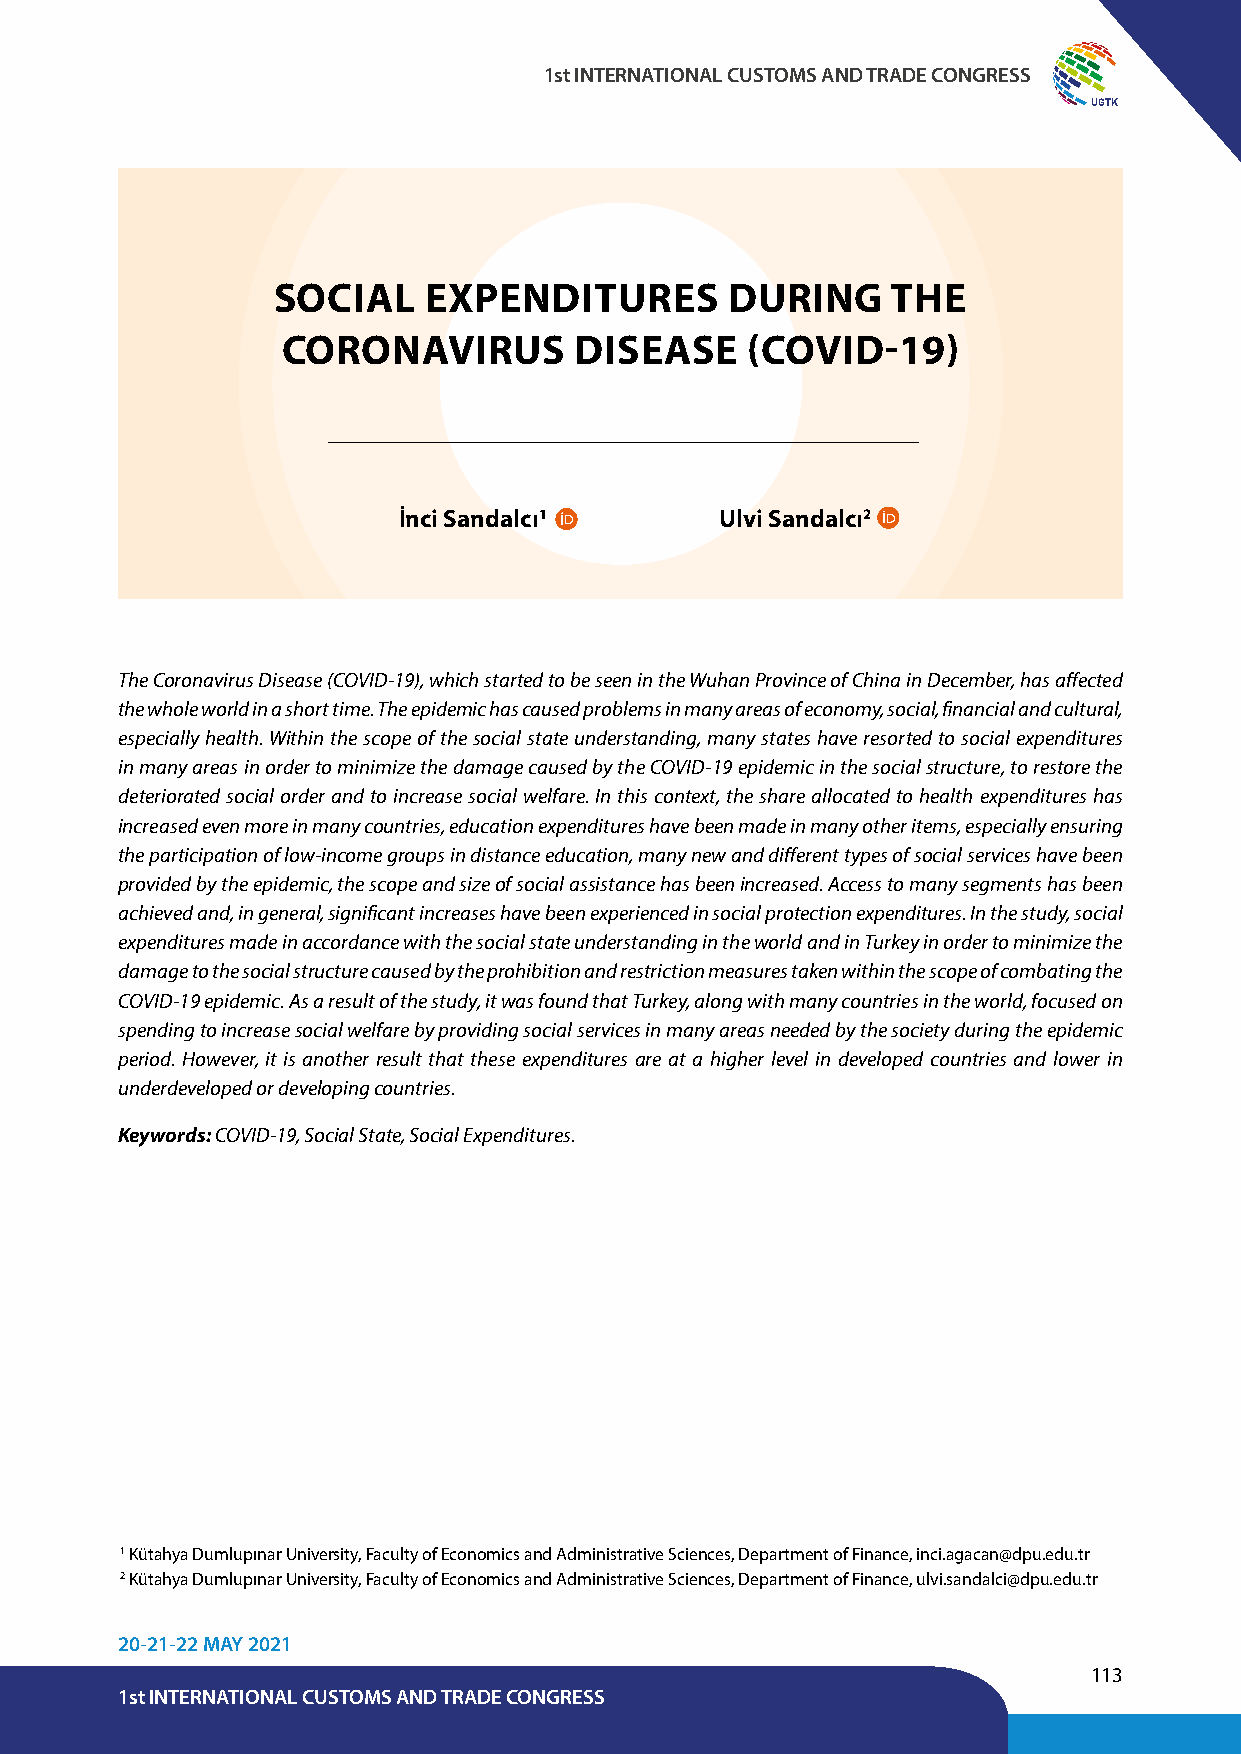
1st INTERNATIONAL CUSTOMS AND TRADE CONGRESS
 UGTK
 SOCIAL    EXPENDITURES        DURING     THE
 CORONAVIRUS        DISEASE    (COVID-19)
 İnci Sandalcı1        Ulvi Sandalcı2
 The Coronavirus Disease (COVID-19), which started to be seen in the Wuhan Province of China in December, has affected
 the whole world in a short time. The epidemic has caused problems in many areas of economy, social, financial and cultural,
 especially health. Within the scope of the social state understanding, many states have resorted to social expenditures
 in many areas in order to minimize the damage caused by the COVID-19 epidemic in the social structure, to restore the
 deteriorated social order and to increase social welfare. In this context, the share allocated to health expenditures has
 increased even more in many countries, education expenditures have been made in many other items, especially ensuring
 the participation of low-income groups in distance education, many new and different types of social services have been
 provided by the epidemic, the scope and size of social assistance has been increased. Access to many segments has been
 achieved and, in general, significant increases have been experienced in social protection expenditures. In the study, social
 expenditures made in accordance with the social state understanding in the world and in Turkey in order to minimize the
 damage to the social structure caused by the prohibition and restriction measures taken within the scope of combating the
 COVID-19 epidemic. As a result of the study, it was found that Turkey, along with many countries in the world, focused on
 spending to increase social welfare by providing social services in many areas needed by the society during the epidemic
 period. However, it is another result that these expenditures are at a higher level in developed countries and lower in
 underdeveloped or developing countries.
 Keywords: COVID-19, Social State, Social Expenditures.
 1 Kütahya Dumlupınar University, Faculty of Economics and Administrative Sciences, Department of Finance, inci.agacan@dpu.edu.tr
 2 Kütahya Dumlupınar University, Faculty of Economics and Administrative Sciences, Department of Finance, ulvi.sandalci@dpu.edu.tr
 20-21-22 MAY 2021
 113
 1st INTERNATIONAL CUSTOMS AND TRADE CONGRESS